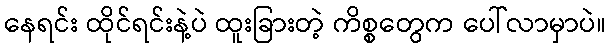
နေရင်း ထိုင်ရင်းနဲ့ပဲ ထူးခြားတဲ့ ကိစ္စတွေက ပေါ်လာမှာပဲ။